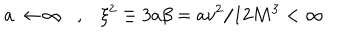
a \rightarrow \infty \, \, \, \, \, , \, \, \, \, \, \xi ^ { 2 } \equiv 3 a \beta = a v ^ { 2 } / 1 2 M ^ { 3 } < \infty